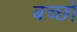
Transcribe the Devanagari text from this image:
बच्छो